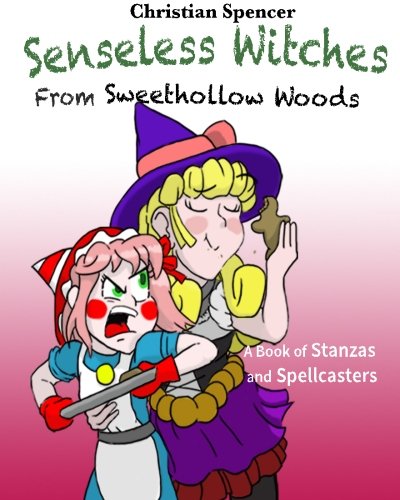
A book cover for Senseless Witches from Sweethollow Woods: A Book of Stanzas and Spellcasters; Christian J Spencer; Humor & Entertainment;